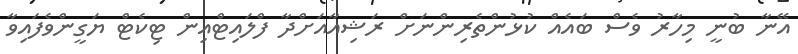
އޭނާ ބުނީ މިހާރު ވެސް ބައެއް ކުޅުންތެރިންނަށް ރަޝިއާއަށްދާ ފްލައިޓްއިން ޓިކެޓް ޔަގީންވެފައިވާ